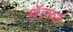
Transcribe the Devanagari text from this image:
थ़ॅटफ़र्ड